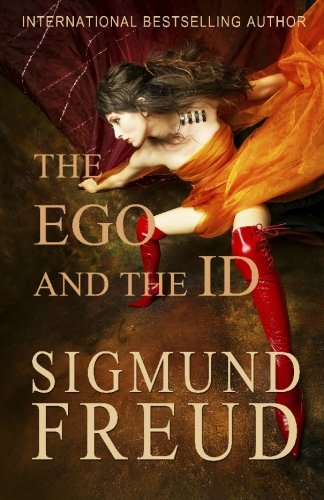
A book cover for The Ego and the Id; Sigmund Freud; Medical Books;